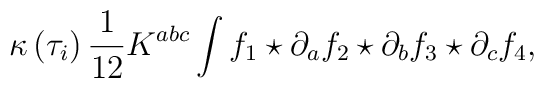
\kappa \left( \tau _{i}\right) \frac{1}{12}K^{abc}\int f_{1}\star \partial_{a}f_{2}\star \partial _{b}f_{3}\star \partial _{c}f_{4},